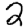
Digit: 2